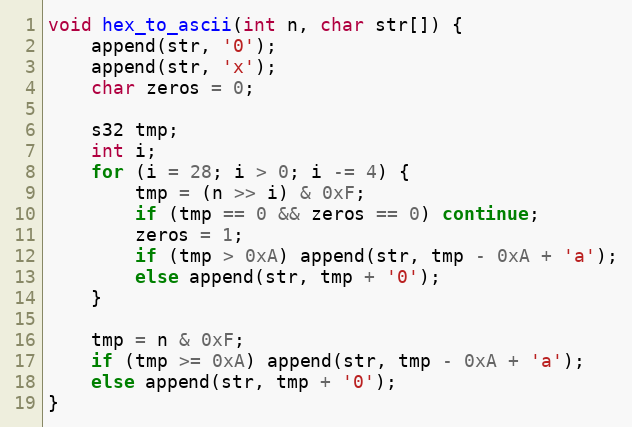
Language: C
void hex_to_ascii(int n, char str[]) {
    append(str, '0');
    append(str, 'x');
    char zeros = 0;

    s32 tmp;
    int i;
    for (i = 28; i > 0; i -= 4) {
        tmp = (n >> i) & 0xF;
        if (tmp == 0 && zeros == 0) continue;
        zeros = 1;
        if (tmp > 0xA) append(str, tmp - 0xA + 'a');
        else append(str, tmp + '0');
    }

    tmp = n & 0xF;
    if (tmp >= 0xA) append(str, tmp - 0xA + 'a');
    else append(str, tmp + '0');
}